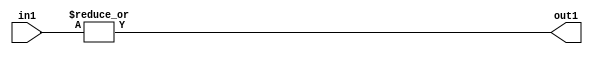
`timescale 1ps / 1ps
/*****************************************************************************
    Verilog RTL Description
    
    
    Created by: Stratus DpOpt 21.05.01 
*******************************************************************************/

module SobelFilter_OrReduction_2U_1U_4 (
	in1,
	out1
	); /* architecture "behavioural" */ 
input [1:0] in1;
output  out1;
wire  asc001;

assign asc001 = 
	(|in1);

assign out1 = asc001;
endmodule

/* CADENCE  urfxTwo= : u9/ySxbfrwZIxEzHVQQV8Q== ** DO NOT EDIT THIS LINE ******/